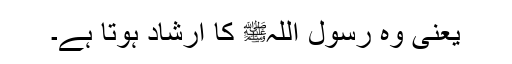
یعنی وہ رسول اللہﷺ کا ارشاد ہوتا ہے۔